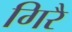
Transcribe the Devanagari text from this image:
गिरै